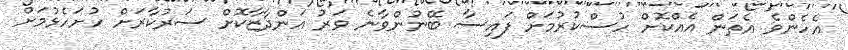
އެހެންވެ އެތަން އެއްކޮށް ހުސްކުރުމަށް ފައިސާ ބޭނުންވާނެ ވަރު އަންދާޒާކޮށް ސަރުކާރަށް ހުށަހެޅުމަށް